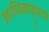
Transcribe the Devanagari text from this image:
आधिकाड़्याने